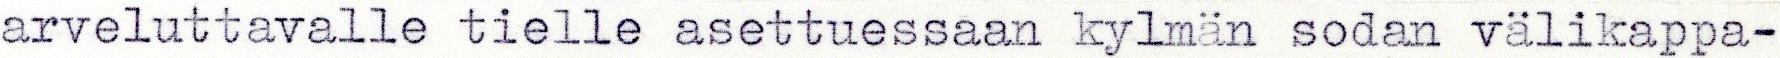
arveluttavalle tielle asettuessaan kylmän sodan välikappa-